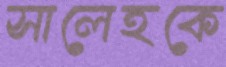
সালেহকে